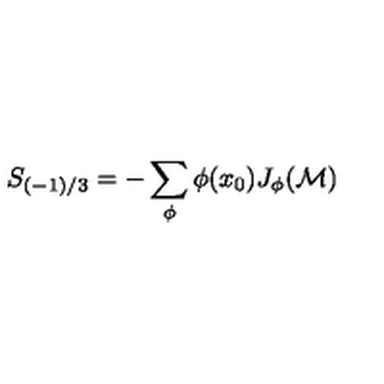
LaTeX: S _ { ( - 1 ) / 3 } = - \sum _ { \phi } \phi ( x _ { 0 } ) J _ { \phi } ( { \cal M } )